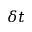
\delta t